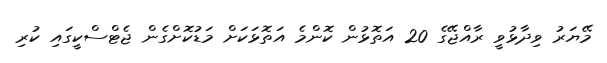
މޭޔަރު ވިދާޅުވީ ރާއްޖޭގެ 20 އަތޮޅުން ކޮންމެ އަތޮޅަކަށް މަޑުކޮށްގެން ޖެޓްސްކީގައި ކުރި